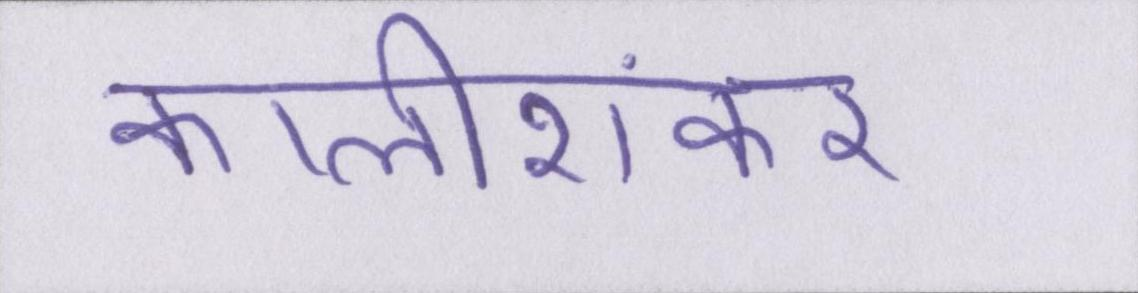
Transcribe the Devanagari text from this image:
कालीशंकर